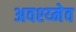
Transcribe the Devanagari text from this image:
अवश्य्मेव